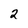
Character: 2